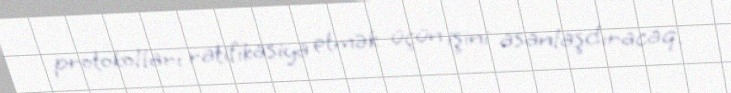
protokolları ratifikasiya etmək üçün işini asanlaşdıracaq.